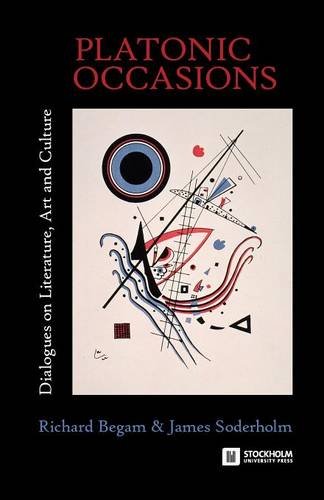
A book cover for Platonic Occasions: Dialogues on Literature, Art and Culture; Richard Begam; Literature & Fiction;